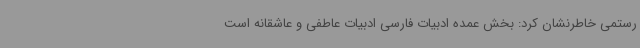
رستمی خاطرنشان کرد: بخش عمده ادبیات فارسی ادبیات عاطفی و عاشقانه است